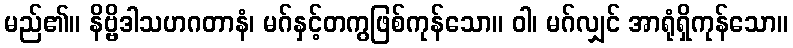
မည်၏။ နိဗ္ဗိဒါသဟဂတာနံ၊ မဂ်နှင့်တကွဖြစ်ကုန်သော။ ဝါ၊ မဂ်လျှင် အာရုံရှိကုန်သော။